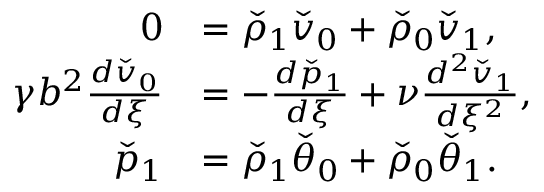
\begin{array} { r l } { 0 } & { = \check { \rho } _ { 1 } \check { v } _ { 0 } + \check { \rho } _ { 0 } \check { v } _ { 1 } , } \\ { \gamma b ^ { 2 } \frac { d \check { v } _ { 0 } } { d \xi } } & { = - \frac { d \check { p } _ { 1 } } { d \xi } + \nu \frac { d ^ { 2 } \check { v } _ { 1 } } { d \xi ^ { 2 } } , } \\ { \check { p } _ { 1 } } & { = \check { \rho } _ { 1 } \check { \theta } _ { 0 } + \check { \rho } _ { 0 } \check { \theta } _ { 1 } . } \end{array}